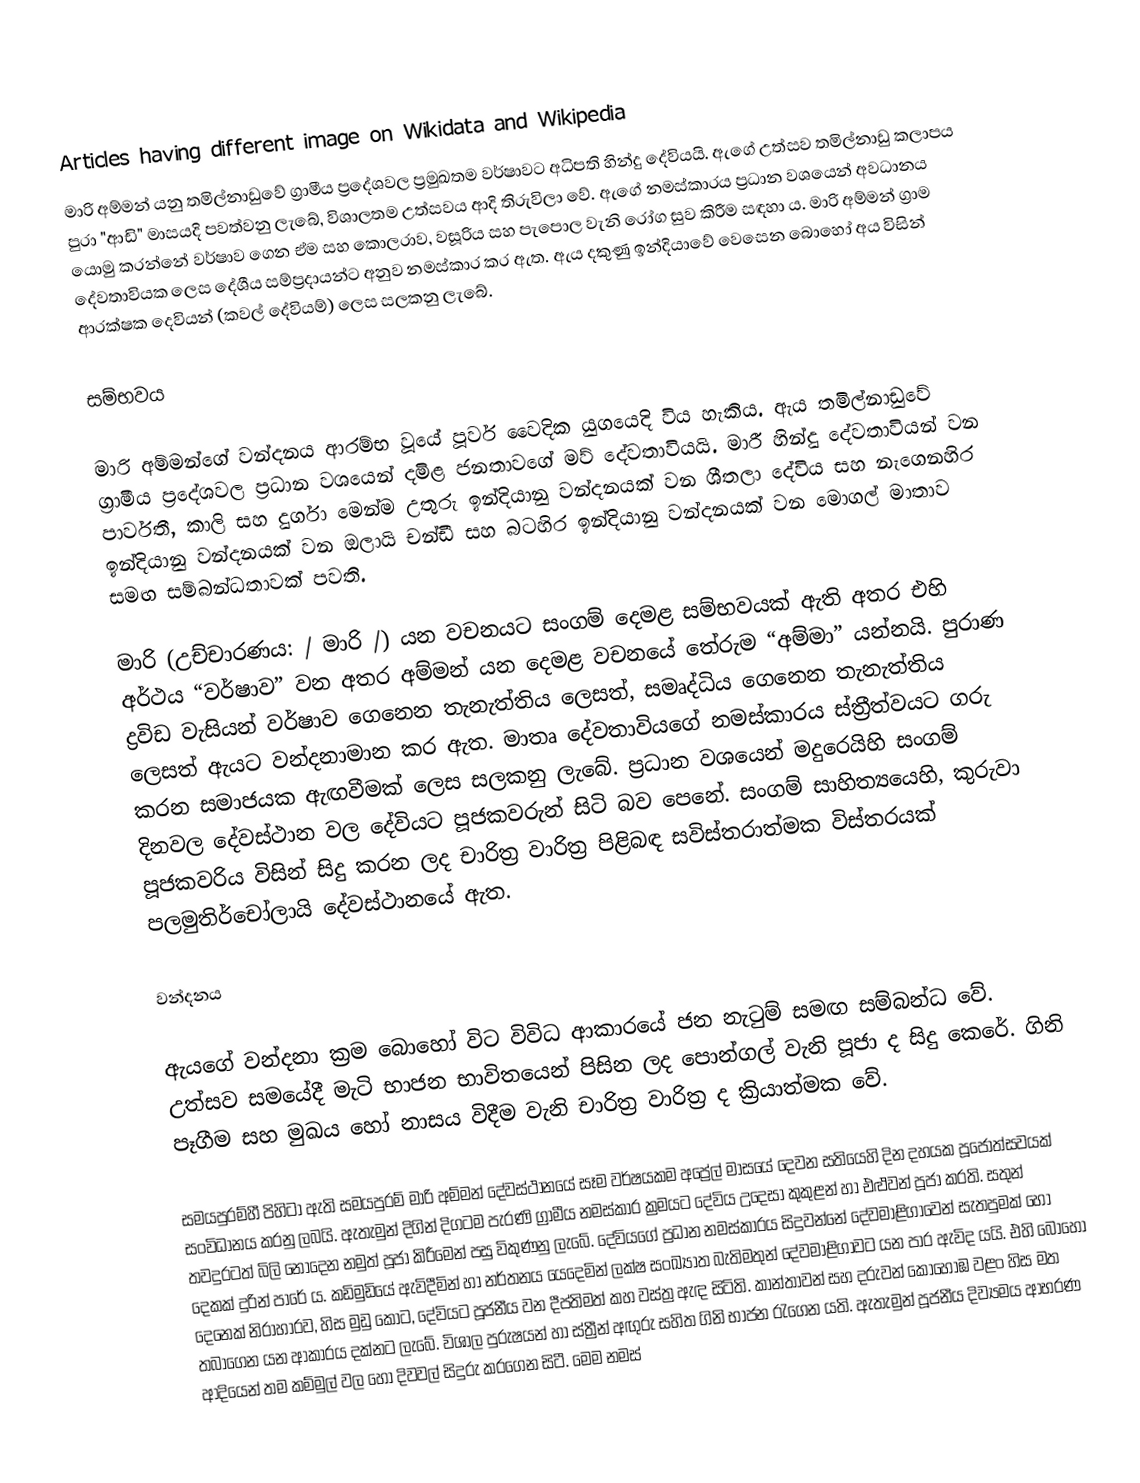
Articles having different image on Wikidata and Wikipedia
මාරි අම්මන් යනු තමිල්නාඩුවේ ග්‍රාමීය ප්‍රදේශවල ප්‍රමුඛතම වර්ෂාවට අධිපති හින්දු දේවියයි. ඇගේ උත්සව තමිල්නාඩු  කලාපය පුරා "ආඩි" මාසයදි පවත්වනු ලැබේ, විශාලතම උත්සවය ආදි තිරුවිලා වේ. ඇගේ නමස්කාරය ප්‍රධාන වශයෙන් අවධානය යොමු කරන්නේ වර්ෂාව ගෙන ඒම සහ කොලරාව, වසූරිය සහ පැපොල වැනි රෝග සුව කිරීම සඳහා ය. මාරි අම්මන් ග්‍රාම දේවතාවියක ලෙස දේශීය සම්ප්‍රදායන්ට අනුව නමස්කාර කර ඇත. ඇය දකුණු ඉන්දියාවේ වෙසෙන බොහෝ අය විසින් ආරක්ෂක දෙවියන් (කවල් දේවියම්) ලෙස සලකනු ලැබේ.

සම්භවය

මාරි අම්මන්ගේ වන්දනය ආරම්භ වූයේ පූර්ව වෛදික යුගයෙදි විය හැකිය. ඇය තමිල්නාඩුවේ ග්‍රාමීය ප්‍රදේශවල ප්‍රධාන වශයෙන් දමිළ ජනතාවගේ  මව් දේවතාවියයි. මාරී හින්දු දේවතාවියන් වන පාර්වතී,  කාලි සහ දුර්ගා  මෙන්ම උතුරු ඉන්දියානු වන්දනයක් වන ශීතලා දේවිය සහ නැගෙනහිර ඉන්දියානු වන්දනයක් වන ඔලායි චන්ඩී සහ බටහිර ඉන්දියානු වන්දනයක් වන මොගල් මාතාව සමඟ සම්බන්ධතාවක් පවති.

මාරි (උච්චාරණය: / මාරි /) යන වචනයට සංගම් දෙමළ සම්භවයක් ඇති අතර එහි අර්ථය “වර්ෂාව” වන අතර  අම්මන් යන දෙමළ වචනයේ තේරුම “අම්මා” යන්නයි. පුරාණ ද්‍රවිඩ වැසියන් වර්ෂාව ගෙනෙන තැනැත්තිය ලෙසත්, සමෘද්ධිය ගෙනෙන තැනැත්තිය ලෙසත් ඇයට වන්දනාමාන කර ඇත. මාතෘ දේවතාවියගේ නමස්කාරය ස්ත්‍රීත්වයට ගරු කරන සමාජයක ඇඟවීමක් ලෙස සලකනු ලැබේ. ප්‍රධාන වශයෙන් මදුරෙයිහි සංගම් දිනවල දේවස්ථාන වල  දේවියට පූජකවරුන් සිටි බව පෙනේ. සංගම් සාහිත්‍යයෙහි, කුරුවා පූජකවරිය විසින් සිදු කරන ලද චාරිත්‍ර වාරිත්‍ර පිළිබඳ සවිස්තරාත්මක විස්තරයක් පලමුතිර්චෝලායි දේවස්ථානයේ ඇත.

වන්දනය

ඇයගේ වන්දනා ක්‍රම බොහෝ විට විවිධ ආකාරයේ ජන නැටුම් සමඟ සම්බන්ධ වේ.  උත්සව සමයේදී මැටි භාජන භාවිතයෙන් පිසින ලද පොන්ගල් වැනි පූජා ද සිදු කෙරේ. ගිනි පෑගීම සහ මුඛය හෝ නාසය විදීම වැනි චාරිත්‍ර වාරිත්‍ර ද ක්‍රියාත්මක වේ.

සමයපුරම්හී පිහිටා ඇති සමයපුරම් මාරි අම්මන් දේවස්ථානයේ සෑම වර්ෂයකම අප්‍රේල් මාසයේ දෙවන සතියෙහි දින දහයක පූජෝත්සවයක් සංවිධානය කරනු ලබයි. ඇතැමුන් දිගින් දිගටම පැරණි ග්‍රාමීය  නමස්කාර ක්‍රමයට දේවිය උදෙසා ​​කුකුළන් හා එළුවන් පූජා කරති. සතුන් තවදුරටත් බිලි නොදෙන නමුත් පූජා කිරීමෙන් පසු විකුණනු ලැබේ. දේවියගේ ප්‍රධාන නමස්කාරය සිදුවන්නේ දේවමාළිගාවෙන් සැතපුමක් හෝ දෙකක් දුරින් පාරේ ය. කඩිමුඩියේ ඇවිදීමින් හා නර්තනය යෙදෙමින් ලක්ෂ සංඛ්‍යාත බැතිමතුන් දේවමාළිගාවට යන පාර ඇවිද යයි. එහි බොහෝ දෙනෙක් නිරාහාරව, හිස මුඩු කොට, දේවියට ​​පූජනීය වන දීප්තිමත් කහ වස්ත්‍ර ඇඳ සිටිති. කාන්තාවන් සහ දරුවන් කොහොඹ වළං හිස මත තබාගෙන යන ආකාරය දක්නට ලැබේ. විශාල පුරුෂයන් හා ස්ත්‍රීන් අඟුරු සහිත ගිනි භාජන රැගෙන යති. ඇතැමුන් පූජනීය දිව්‍යමය ආභරණ ආදියෙන් තම කම්මුල් වල හෝ දිවවල් සිදුරු කරගෙන සිටී. මෙම නමස්